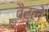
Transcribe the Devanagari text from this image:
वैर्ले